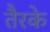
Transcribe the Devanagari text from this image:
तैरके